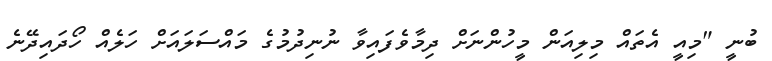
ބުނީ "މިއީ އެތައް މިލިއަން މީހުންނަށް ދިމާވެފައިވާ ނުނިދުމުގެ މައްސަލައަށް ހަލެއް ހޯދައިދޭނެ